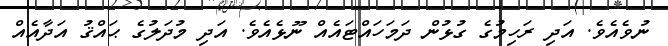
ނުވެއެވެ. އަދި ރަހިމުގެ ގުޅުން ދަމަހައްޓައެއް ނޫޅެއެވެ. އަދި މުދަލުގެ ޙައްޤު އަދާއެއް